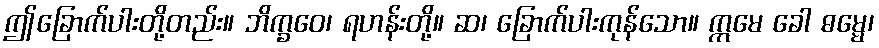
ဤခြောက်ပါးတို့တည်း။ ဘိက္ခဝေ၊ ရဟန်းတို့။ ဆ၊ ခြောက်ပါးကုန်သော။ ဣမေ ခေါ ဓမ္မေ၊